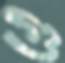
গু